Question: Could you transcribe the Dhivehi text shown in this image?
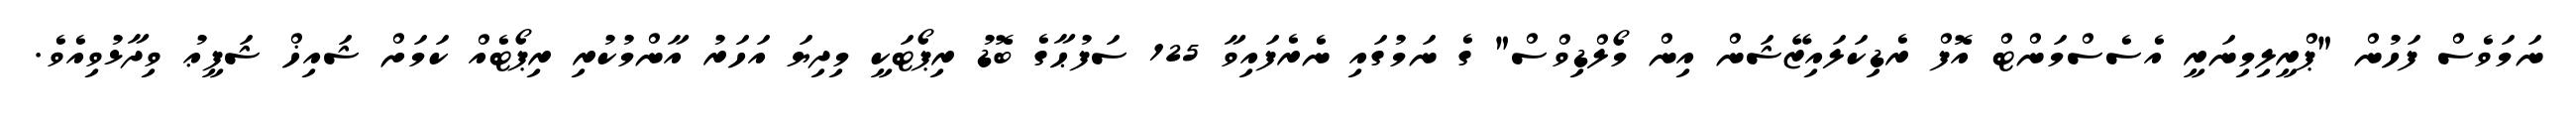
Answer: ނަމަވެސް ފަހުން "ޕްރީލިމިނަރީ އެސެސްމަންޓް އޮފް ރެޑިކަލައިޒޭޝަން އިން މޯލްޑިވްސް" ގެ ނަމުގައި ނެރެފައިވާ 125 ސަފުޙާގެ ބޮޑު ރިޕޯޓަކީ މިދިޔަ އަހަރު އާންމުކުރި ރިޕޯޓެއް ކަމަށް ޝައިޚް ޝަފީޢު ވިދާޅުވިއެވެ.